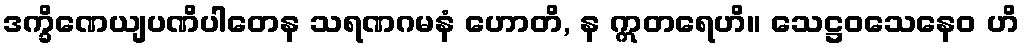
ဒက္ခိဏေယျပဏိပါတေန သရဏဂမနံ ဟောတိ, န ဣတရေဟိ။ သေဋ္ဌဝသေနေဝ ဟိ